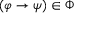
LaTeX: ( \varphi \to \psi ) \in \Phi